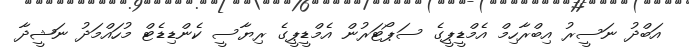
އަބްދު ނަސީރު އިބްރާހިމް އެމްޑީޕީގެ ސަޕޯޓަރުން އެމްޑީޕީގެ ރިޔާސީ ކެންޑިޑެޓް މުހައްމަދު ނަޝީދާ